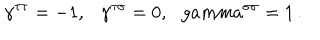
\gamma ^ { \tau \tau } = - 1 , \ \ \ \gamma ^ { \tau \sigma } = 0 , \ \ \, g a m m a ^ { \sigma \sigma } = 1 \, .